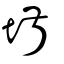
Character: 埱